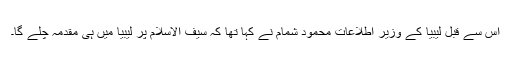
اس سے قبل لیبیا کے وزیرِ اطلاعات محمود شمام نے کہا تھا کہ سیف الاسلام پر لیبیا میں ہی مقدمہ چلے گا۔